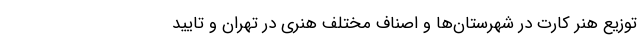
توزیع هنر کارت در شهرستان‌ها و اصناف مختلف هنری در تهران و تایید